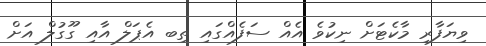
ވިޔަފާރި މާކެޓަށް ނިކުވެ އެއް ސަފެއްގައި ތިބ އެޕަލް އާއި ގޫގުލް އަށް